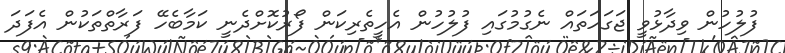
ފުލުހުން ވިދާޅުވީ ޖަގަހަތައް ނެގުމުގައި ފުލުހުން އެހީތެރިކަން ފޯރުކޮށްދެނީ ކަމާބެހޭ ފަރާތްތަކުން އެފަދަ